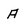
Character: A